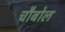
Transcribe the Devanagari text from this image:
चौबोल